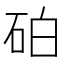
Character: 砶